Annual report of the Central Committee of the Association together with the report of the directors of the Pasteur Institute at Kasauli
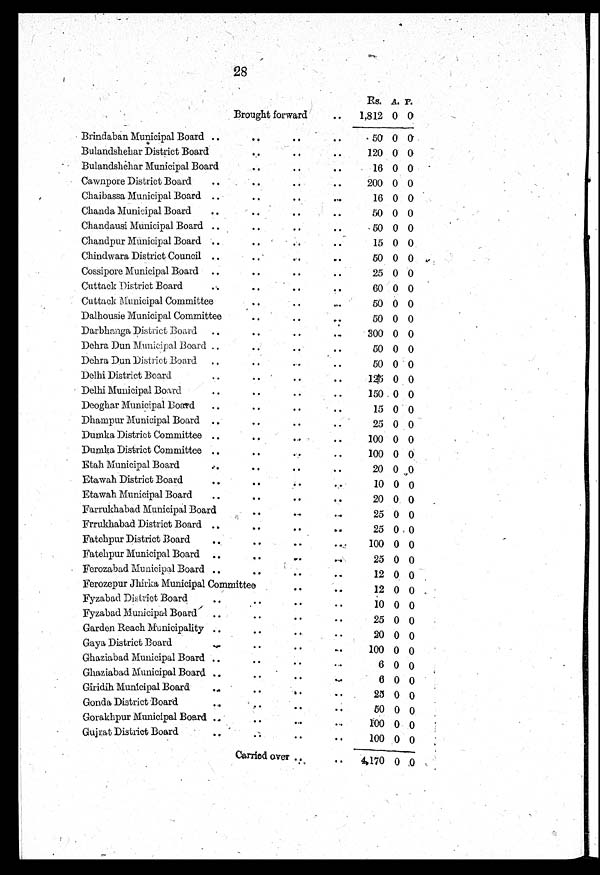
28
Brought forward . . . . . . . .
Rs. A. P.
1,812 0 0
Brindaban Municipal Board .. .. .. ..
50 0 0
Bulandshehar District Board .. .. .. ..
1 2 0 0 0
Bulandshehar Municipal Board .. .. .. ..
16 0 0
Cawnpore District Board .. .. .. ..
200 0 0
Chaibassa Municipal Board .. .. .. ..
16 0 0
Chanda Municipal Board .. .. .. ..
50 0 0
Chandausi Municipal Board .. .. .. ..
50 0 0
Chandpur Municipal Board .. .. .. ..
15 0 0
Chindwara District Council .. .. .. ..
50 0 0
Cossipore Municipal Board .. .. .. ..
25 0 0
Cuttack :District Board .. .. .. ..
60 0 0
Cuttack Municipal Committee .. .. .. ..
50 0 0
Dalhousie Municipal Committee .. .. .. ..
50 0 0
Darbhanga District Board .. .. .. ..
300 0 0
Dehra Dun Municipal Board .. .. .. ..
50 0 0
Dehra Dun District Board .. .. .. ..
50 0 0
Delhi District Board .. .. .. ..
125 0 0
Delhi Municipal Board . .
. .
. .
. .
150 0 0
Deoghar Municipal Board .. .. .. ..
15 0 0
Dhampur Municipal Board .. .. .. ..
25 0 0
Dumka District Committee .. .. .. ..
100 0 0
Dumka District Committee .. .. .. ..
100 0 0
Etah Municipal Board .. .. .. ..
20 0 0
Etawah District Board .. .. .. ..
10 0 0
Etawah Municipal Board .. .. .. ..
20 0 0
Farrukhabad Municipal Board .. .. .. ..
25 0 0
Frrukhabad District Board .. .. .. ..
25 0 0
Fatehpur District Board .. .. .. ..
100 0 0
Fatehpur Municipal Board .. .. .. ..
25 0 0
Ferozabad Municipal Board .. .. .. ..
12 0 0
Ferozepur Jhirka Municipal Committee .. .. .. ..
12 0 0
Fyzabad District Board .. .. .. ..
10 0 0
Fyzabad Municipal Board .. .. .. ..
25 0 0
Garden Reach Municipality .. .. .. ..
2 0 0 0
Gaya District Board .. .. .. ..
1 0 0 0 0
Ghaziabad Municipal Board .. .. .. ..
6
0 0
Ghaziabad Municipal Board . .
. .
. .
. .
6 0 0
Giridih Municipal Board .. .. .. ..
25 0 0
Gonda District Board .. .. .. ..
50 0 0
Gorakhpur Municipal Board .. .. .. ..
100
0 0
Gujrat District Board .. .. .. ..
100 0 0
Carried over
4 , 1 7 0 0 0